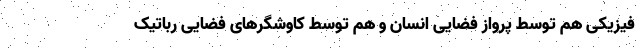
فیزیکی هم توسط پرواز فضایی انسان و هم توسط کاوشگرهای فضایی رباتیک